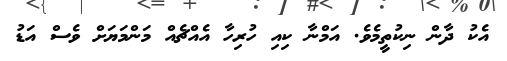
އެކު ދާން ނިކުތީމެވެ. އަމްނާ ކިއި ހުރިހާ އެއްޗެއް މަންމަޔަށް ވެސް އަޑު